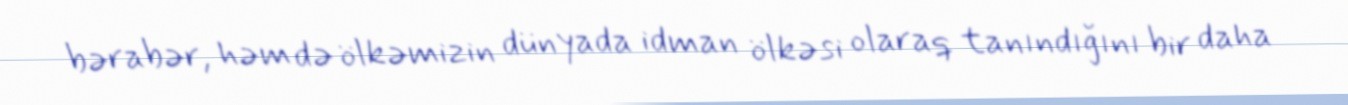
bərabər, həm də ölkəmizin dünyada idman ölkəsi olaraq tanındığını bir daha